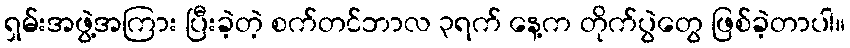
ရှမ်းအဖွဲ့အကြား ပြီးခဲ့တဲ့ စက်တင်ဘာလ ၃ရက် နေ့က တိုက်ပွဲတွေ ဖြစ်ခဲ့တာပါ။